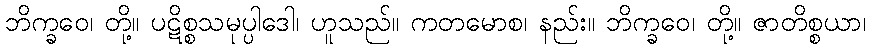
ဘိက္ခဝေ၊ တို့။ ပဋိစ္စသမုပ္ပါဒေါ၊ ဟူသည်။ ကတမောစ၊ နည်း။ ဘိက္ခဝေ၊ တို့။ ဇာတိစ္စယာ၊